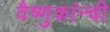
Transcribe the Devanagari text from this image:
वैष्णुकांन्ची